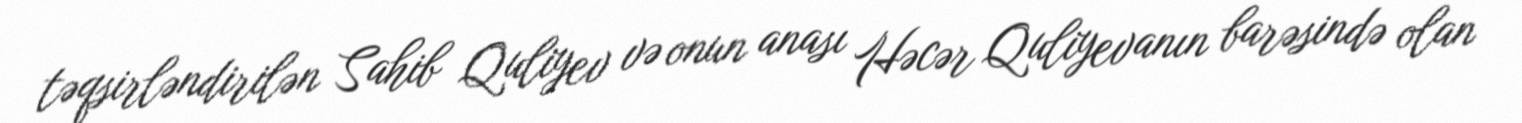
təqsirləndirilən Sahib Quliyev və onun anası Həcər Quliyevanın barəsində olan